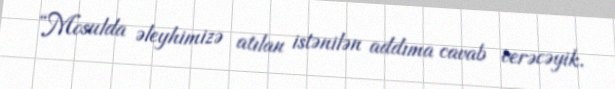
“Mosulda əleyhimizə atılan istənilən addıma cavab verəcəyik.